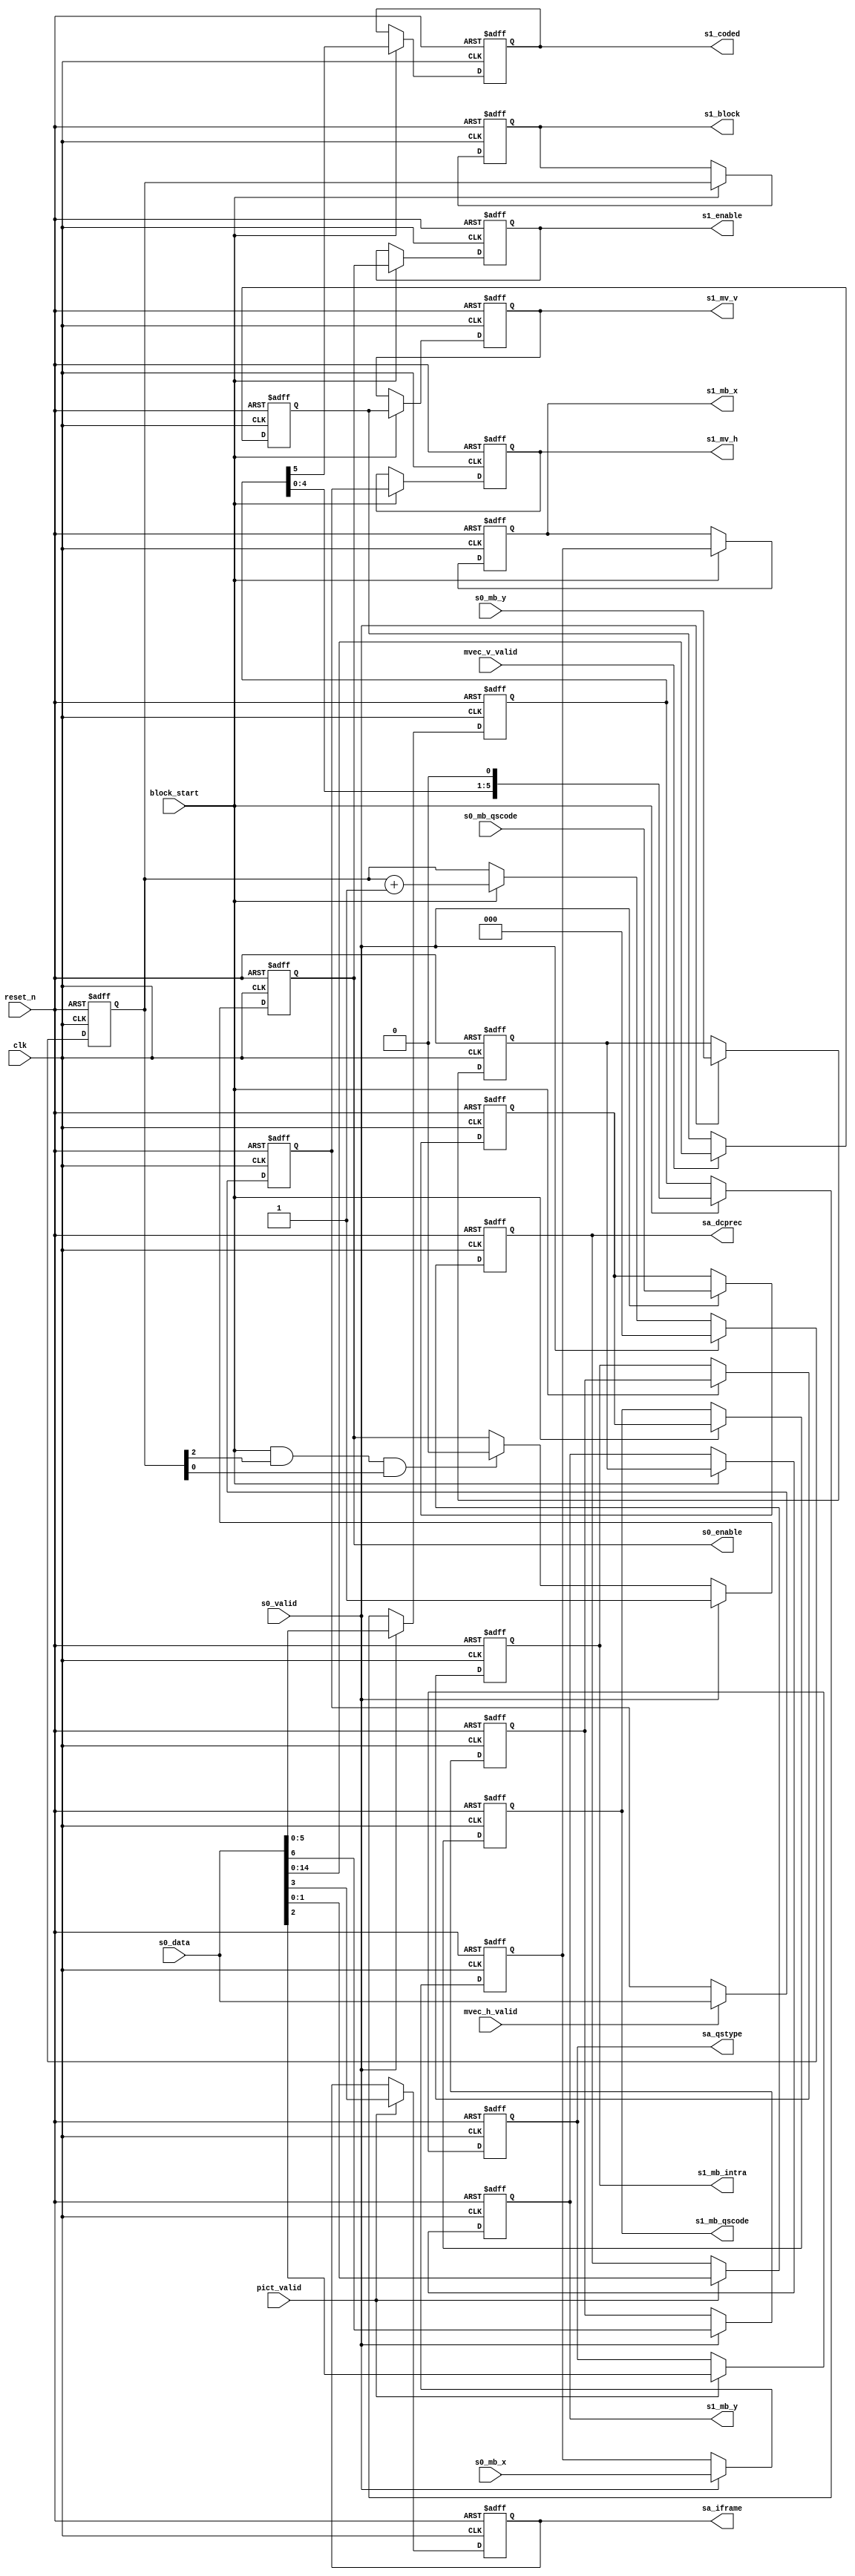
//================================================================================
// MPEG2 Video Side Information container (1st stage)
// Written by kimu_shu
//================================================================================

module m2vside1 #(
	parameter
	MVH_WIDTH = 16,
	MVV_WIDTH = 15,
	MBX_WIDTH = 6,
	MBY_WIDTH = 5
) (
	// common
	input        clk,
	input        reset_n,

	// from m2vctrl
	input [(MVH_WIDTH-1):0] s0_data,
	input        pict_valid,		// {qstype,dcprec}
	input        mvec_h_valid,
	input        mvec_v_valid,
	input        s0_valid,			// {mb_intra,pattern}
	input [(MBX_WIDTH-1):0] s0_mb_x,
	input [(MBY_WIDTH-1):0] s0_mb_y,
	input  [4:0] s0_mb_qscode,

	// from m2vctrl
	input        block_start,

	// to all modules
	output [1:0] sa_dcprec,
	output       sa_qstype,
	output       sa_iframe,

	output       s0_enable,

	output [(MVH_WIDTH-1):0] s1_mv_h,
	output [(MVV_WIDTH-1):0] s1_mv_v,
	output [(MBX_WIDTH-1):0] s1_mb_x,
	output [(MBY_WIDTH-1):0] s1_mb_y,
	output [4:0] s1_mb_qscode,
	output       s1_mb_intra,
	output [2:0] s1_block,
	output       s1_coded,
	output       s1_enable
);

//--------------------------------------------------------------------------------
// Common (All stages)
//
reg       sa_iframe_r;
reg [1:0] sa_dcprec_r;
reg       sa_qstype_r;

// {{{
always @(posedge clk or negedge reset_n)
	if(~reset_n)
		{sa_iframe_r, sa_qstype_r, sa_dcprec_r} <= 4'd0;
	else if(pict_valid)
		{sa_iframe_r, sa_qstype_r, sa_dcprec_r} <= s0_data[3:0];

assign sa_iframe = sa_iframe_r;
assign sa_dcprec = sa_dcprec_r;
assign sa_qstype = sa_qstype_r;
// }}}

//--------------------------------------------------------------------------------
// Stage 0 (Latched by xxx_valid/xxx_start pulses)
//
reg [(MVH_WIDTH-1):0] s0_mv_h_r;
reg [(MVV_WIDTH-1):0] s0_mv_v_r;
reg [(MBX_WIDTH-1):0] s0_mb_x_r;
reg [(MBY_WIDTH-1):0] s0_mb_y_r;
reg       s0_mb_intra_r;
reg [4:0] s0_mb_qscode_r;
reg [5:0] s0_pattern_r;
reg [2:0] s0_block_r;
reg       s0_enable_r;

// {{{
always @(posedge clk or negedge reset_n)
	if(~reset_n)
		s0_mv_h_r <= 0;
	else if(mvec_h_valid)
		s0_mv_h_r <= s0_data[(MVH_WIDTH-1):0];

always @(posedge clk or negedge reset_n)
	if(~reset_n)
		s0_mv_v_r <= 0;
	else if(mvec_v_valid)
		s0_mv_v_r <= s0_data[(MVV_WIDTH-1):0];

always @(posedge clk or negedge reset_n)
	if(~reset_n)
		{s0_mb_intra_r, s0_mb_qscode_r, s0_mb_x_r, s0_mb_y_r} <= 0;
	else if(s0_valid)
		{s0_mb_intra_r, s0_mb_qscode_r, s0_mb_x_r, s0_mb_y_r} <=
			{s0_data[6], s0_mb_qscode, s0_mb_x, s0_mb_y};

always @(posedge clk or negedge reset_n)
	if(~reset_n)
		s0_pattern_r <= 6'd0;
	else if(s0_valid)
		s0_pattern_r <= s0_data[5:0];
	else if(block_start)
		s0_pattern_r <= {s0_pattern_r[4:0], 1'b0};

always @(posedge clk or negedge reset_n)
	if(~reset_n)
		s0_block_r <= 3'd0;
	else if(s0_valid)
		s0_block_r <= 3'd0;
	else if(block_start)
		s0_block_r <= s0_block_r + 1'b1;

always @(posedge clk or negedge reset_n)
	if(~reset_n)
		s0_enable_r <= 1'b0;
	else if(s0_valid)
		s0_enable_r <= 1'b1;
	else if(block_start & s0_block_r[2] & s0_block_r[0])
		s0_enable_r <= 1'b0;

assign s0_enable = s0_enable_r;
// }}}

//--------------------------------------------------------------------------------
// Stage 1 (Latched by block_start pules)
//
reg [(MVH_WIDTH-1):0] s1_mv_h_r;
reg [(MVV_WIDTH-1):0] s1_mv_v_r;
reg [(MBX_WIDTH-1):0] s1_mb_x_r;
reg [(MBY_WIDTH-1):0] s1_mb_y_r;
reg       s1_mb_intra_r;
reg [4:0] s1_mb_qscode_r;
reg [2:0] s1_block_r;
reg       s1_coded_r;
reg       s1_enable_r;

// {{{
always @(posedge clk or negedge reset_n)
	if(~reset_n) begin
		s1_mv_h_r      <= 0;
		s1_mv_v_r      <= 0;
		s1_mb_x_r      <= 0;
		s1_mb_y_r      <= 0;
		s1_mb_qscode_r <= 5'd0;
		s1_mb_intra_r  <= 1'b0;
		s1_block_r     <= 3'd0;
		s1_coded_r     <= 1'b0;
		s1_enable_r    <= 1'b0;
	end else if(block_start) begin
		s1_mv_h_r      <= s0_mv_h_r;
		s1_mv_v_r      <= s0_mv_v_r;
		s1_mb_x_r      <= s0_mb_x_r;
		s1_mb_y_r      <= s0_mb_y_r;
		s1_mb_qscode_r <= s0_mb_qscode_r;
		s1_mb_intra_r  <= s0_mb_intra_r;
		s1_block_r     <= s0_block_r;
		s1_coded_r     <= s0_pattern_r[5];
		s1_enable_r    <= s0_enable_r;
	end

assign s1_mv_h = s1_mv_h_r;
assign s1_mv_v = s1_mv_v_r;
assign s1_mb_x = s1_mb_x_r;
assign s1_mb_y = s1_mb_y_r;
assign s1_mb_qscode = s1_mb_qscode_r;
assign s1_mb_intra = s1_mb_intra_r;
assign s1_block = s1_block_r;
assign s1_coded = s1_coded_r;
assign s1_enable = s1_enable_r;
// }}}

endmodule
// vim:set foldmethod=marker: